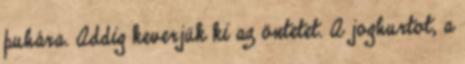
puhára. Addig keverjük ki az öntetet. A joghurtot, a